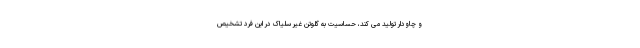
و چاودار تولید می کند، حساسیت به گلوتن غیر سلیاک در این فرد تشخیص